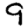
Digit: 9